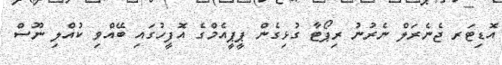
އޮޑިޓަރ ޖެނެރަލް ނެރުނު ރިޕޯޓާ ގުޅިގެން ޕީޕީއެމްގެ އޮފީހުގައި ބޭއްވި ކުއްލި ނޫސް